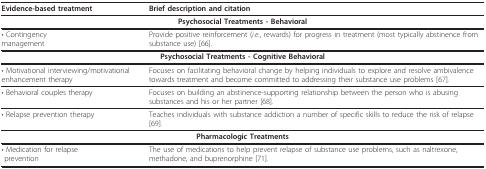
<table><thead><tr><td><b>Evidence-based treatment</b></td><td><b>Brief description and citation</b></td></tr></thead><tbody><tr><td colspan="2"><b>Psychosocial Treatments - Behavioral</b></td></tr><tr><td>• Contingency management</td><td>Provide positive reinforcement (<i>i.e.</i>, rewards) for progress in treatment (most typically abstinence from substance use) [66].</td></tr><tr><td colspan="2"><b>Psychosocial Treatments - Cognitive Behavioral</b></td></tr><tr><td>• Motivational interviewing/motivational enhancement therapy</td><td>Focuses on facilitating behavioral change by helping individuals to explore and resolve ambivalence towards treatment and become committed to addressing their substance use problems [67].</td></tr><tr><td>• Behavioral couples therapy</td><td>Focuses on building an abstinence-supporting relationship between the person who is abusing substances and his or her partner [68].</td></tr><tr><td>• Relapse prevention therapy</td><td>Teaches individuals with substance addiction a number of specific skills to reduce the risk of relapse [69].</td></tr><tr><td colspan="2"><b>Pharmacologic Treatments</b></td></tr><tr><td>• Medication for relapse prevention</td><td>The use of medications to help prevent relapse of substance use problems, such as naltrexone, methadone, and buprenorphine [71].</td></tr></tbody></table>